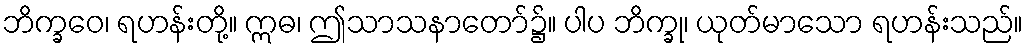
ဘိက္ခဝေ၊ ရဟန်းတို့။ ဣဓ၊ ဤသာသနာတော်၌။ ပါပ ဘိက္ခု၊ ယုတ်မာသော ရဟန်းသည်။